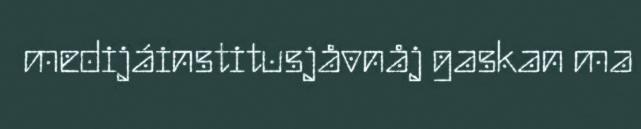
medijáinstitusjåvnåj gaskan ma